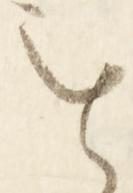
を